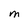
Character: M